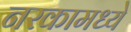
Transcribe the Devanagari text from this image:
नरकामध्ये